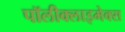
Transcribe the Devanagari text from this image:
पॉलीक्लाइमेक्स